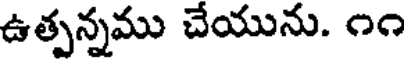
ఉత్పన్నము చేయును. ౧౧